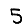
Digit: 5